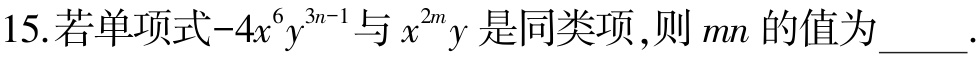
15.若单项式\(-4x^{6}y^{3n - 1}\)与\(x^{2m}y\)是同类项，则\(mn\)的值为____.